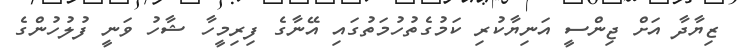
ޒިޔާދާ އަށް ޖިންސީ އަނިޔާކުރި ކަމުގެތުހުމަތުގައި އޭނާގެ ފިރިމީހާ ޝާހު ވަނީ ފުލުހުންގެ